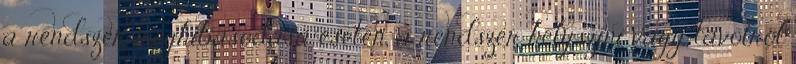
a rendszer meghibásodása esetén, a rendszer helyszíni vagy távolról